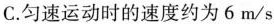
C.匀速运动时的速度约为6m/s